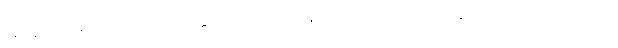
အတ္ထရသ မည်သည်ကား။ စတ္တာရိ၊ လေးပါးကုန်သော။ သာမညဖလာနိ၊ အရိယဖိုလ်တို့တည်း။